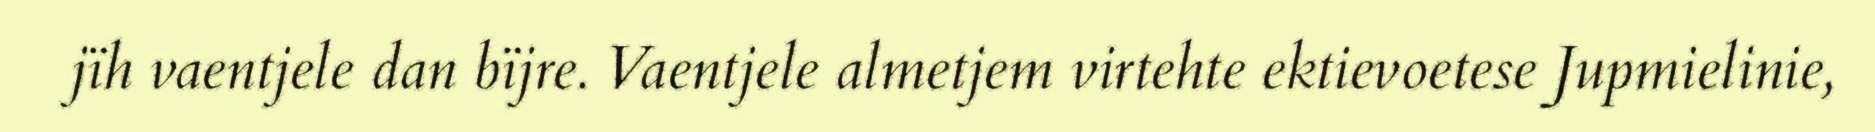
jïh vaentjele dan bïjre. Vaentjele almetjem virtehte ektievoetese Jupmielinie,